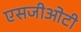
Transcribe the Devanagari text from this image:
एसजीओटी